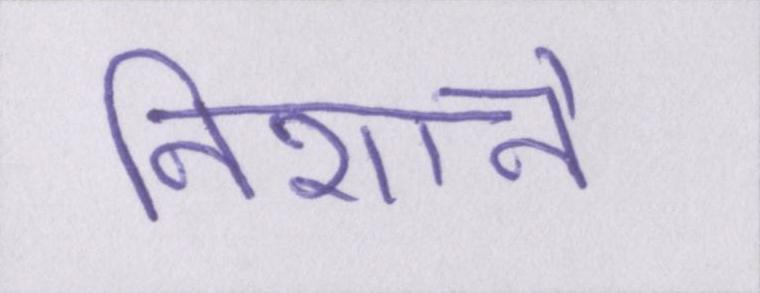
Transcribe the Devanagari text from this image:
निशाने